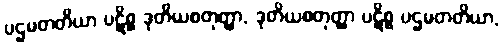
ပဌမတတိယာ ပဋိစ္စ ဒုတိယစတုတ္ထာ, ဒုတိယစတုတ္ထာ ပဋိစ္စ ပဌမတတိယာ,